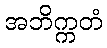
အဘိက္ကတံ